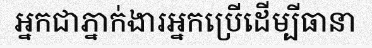
អ្នកជាភ្នាក់ងារអ្នកប្រើដើម្បីធានា